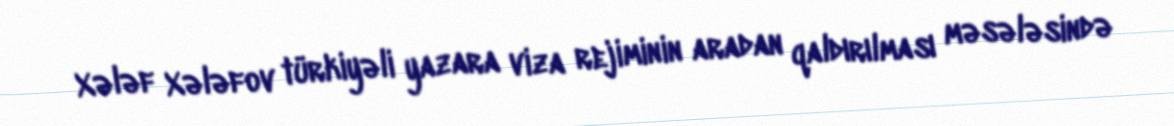
Xələf Xələfov türkiyəli yazara viza rejiminin aradan qaldırılması məsələsində